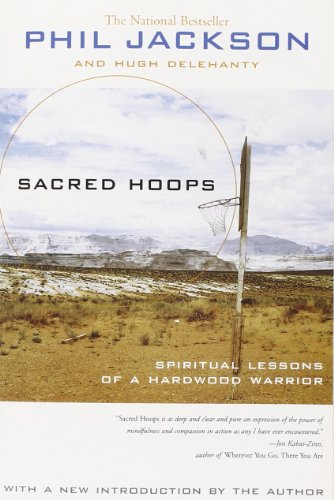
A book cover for Sacred Hoops: Spiritual Lessons of a Hardwood Warrior; Phil Jackson; Biographies & Memoirs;